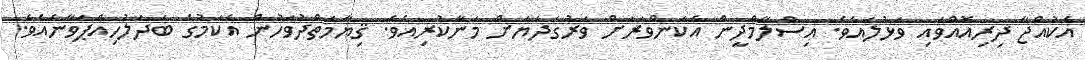
އެކުއްޖާ ދިރިއޮއްވައި ވަޅުލައެވެ. އިސްލާމްދީން އެކަންވަރަށް ވަރުގަދަޔަށް މަނާކުރިއެވެ. ޤިޔާމަތްދުވަހުން އެކަމުގެ ބަދަލުހިއްޕަވާނެއެވެ.